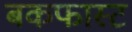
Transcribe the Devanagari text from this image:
बकफास्ट